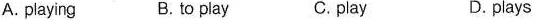
A. playing B. to play C. play D. plays